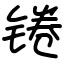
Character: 锩